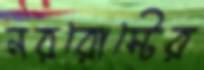
নররোস্টের